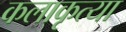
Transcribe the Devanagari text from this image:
कलाकृत्या